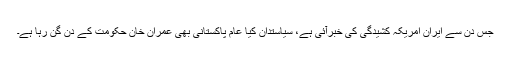
جس دن سے ایران امریکہ کشیدگی کی خبرآئی ہے، سیاستدان کیا عام پاکستانی بھی عمران خان حکومت کے دن گن رہا ہے۔